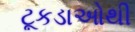
ટૂકડાઓથી